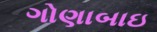
ગોણાબાઇ